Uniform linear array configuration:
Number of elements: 4
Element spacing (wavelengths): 0.5
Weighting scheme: hann
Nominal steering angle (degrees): -60
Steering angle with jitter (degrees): -60.187
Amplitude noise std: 0.05
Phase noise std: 0.05

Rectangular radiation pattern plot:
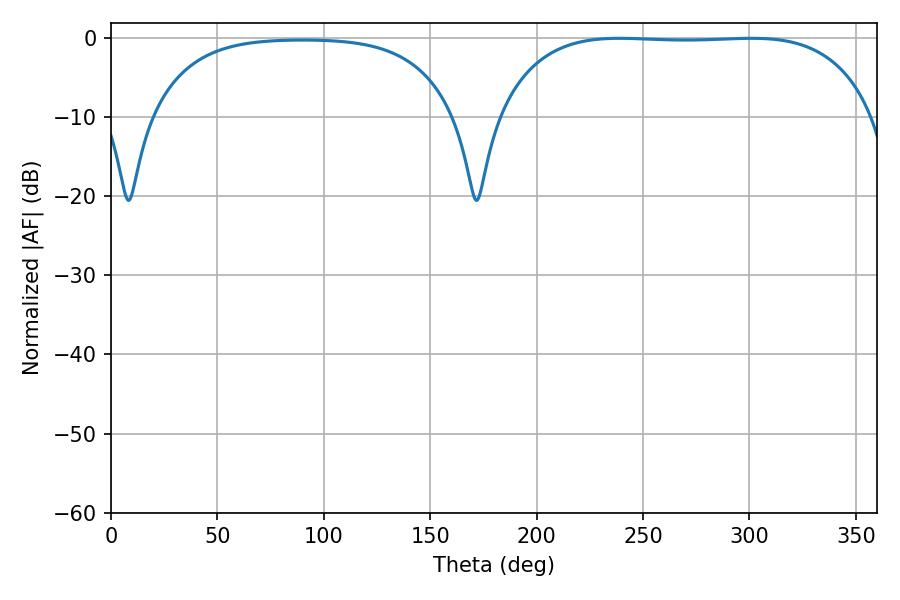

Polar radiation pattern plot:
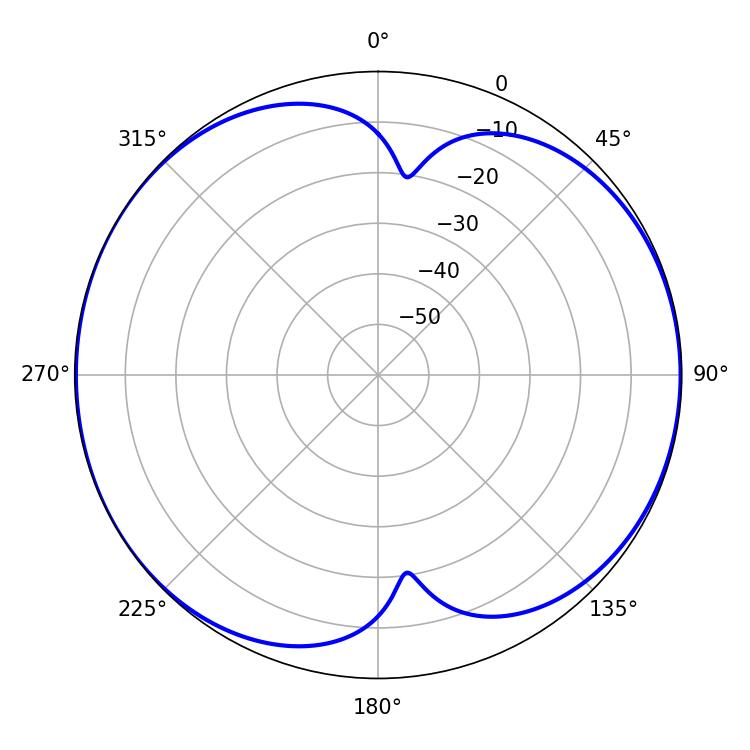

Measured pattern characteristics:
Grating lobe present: FALSE
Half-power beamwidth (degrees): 138.24
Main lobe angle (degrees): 238.86